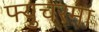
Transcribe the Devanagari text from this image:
फ्युचरमा